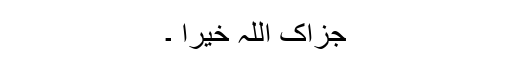
جزاک اللہ خیرا ۔